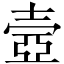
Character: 壼